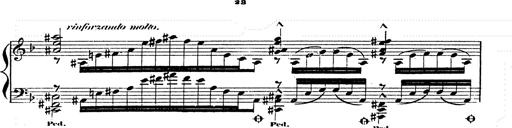
Title: Franz Schuberts geistliche Lieder
Composer: Franz Liszt